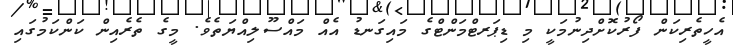
އެހީތެރިކަން ފޯރުކޮށްދިނުމަކީ މި ޑިޕަރޓްމަންޓްގެ މައިގަނޑު އެއް މައްސޫލިއްޔަތެވެ. މީގެ ތެރެއިން ކަންކަމުގައި